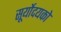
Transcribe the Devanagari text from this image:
सूर्योदयको